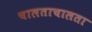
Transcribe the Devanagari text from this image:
चालताचालता